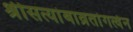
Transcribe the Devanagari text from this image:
श्रीसत्यांबाव्रतांगत्वेन